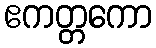
ဧကတ္တကော